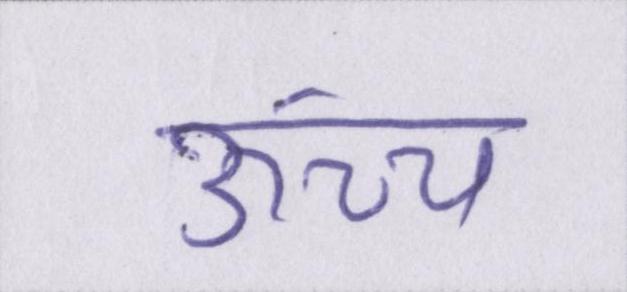
ऊंच्च